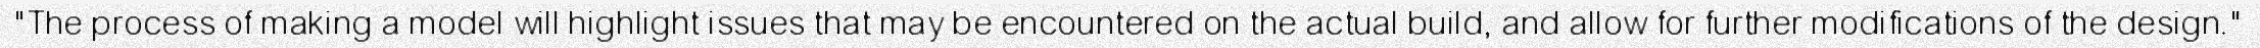
"The process of making a model will highlight issues that may be encountered on the actual build, and allow for further modifications of the design."